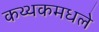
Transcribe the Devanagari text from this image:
कथ्थकमधले